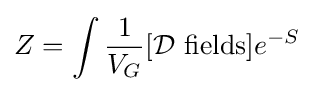
Z=\int {\frac {1}{V_{G}}}[{\mathcal {D}}\ {\text{fields}}]e^{-S}